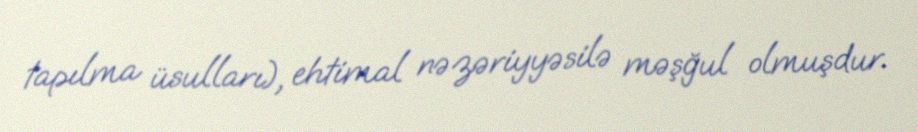
tapılma üsulları), ehtimal nəzəriyyəsilə məşğul olmuşdur.